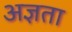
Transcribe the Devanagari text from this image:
अज्ञता